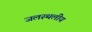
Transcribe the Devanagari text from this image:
जलस्थलीय